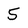
Character: 5